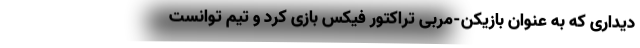
دیداری که به عنوان بازیکن-مربی تراکتور فیکس بازی کرد و تیم توانست